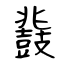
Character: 鼗